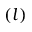
( l )